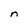
Character: n